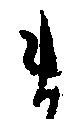
ま